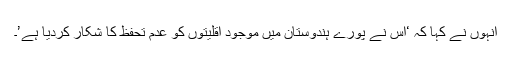
انہوں نے کہا کہ ‘اس نے پورے ہندوستان میں موجود اقلیتوں کو عدم تحفظ کا شکار کردیا ہے’۔